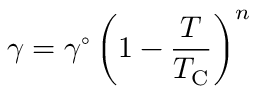
\gamma = \gamma ^ { \circ } \left( 1 - { \frac { T } { T _ { \mathrm { C } } } } \right) ^ { n }